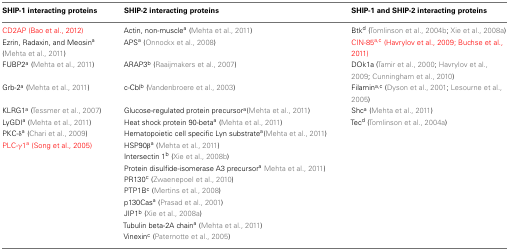
<table><thead><tr><td><b>SHIP-1 interacting proteins</b></td><td><b>SHIP-2 interacting proteins</b></td><td><b>SHIP-1 and SHIP-2 interacting proteins</b></td></tr></thead><tbody><tr><td>CD2AP (Bao et al., 2012)</td><td>Actin, non-muscle<sup>a</sup> (Mehta et al., 2011)</td><td>Btk<sup>d</sup> (Tomlinson et al., 2004b; Xie et al., 2008a)</td></tr><tr><td>Ezrin, Radaxin, and Meosin<sup>a</sup> (Mehta et al., 2011)</td><td>APS<sup>a</sup> (Onnockx et al., 2008)</td><td>CIN-85<sup>a,c</sup> (Havrylov et al., 2009; Buchse et al., 2011)</td></tr><tr><td>FUBP2<sup>a</sup> (Mehta et al., 2011)</td><td>ARAP3<sup>b</sup> (Raaijmakers et al., 2007)</td><td>DOk1a (Tamir et al., 2000; Havrylov et al., 2009; Cunningham et al., 2010)</td></tr><tr><td>Grb-2<sup>a</sup> (Mehta et al., 2011)</td><td>c-Cbl<sup>b</sup> (Vandenbroere et al., 2003)</td><td>Filamin<sup>a,c</sup> (Dyson et al., 2001; Lesourne et al., 2005)</td></tr><tr><td>KLRG1<sup>a</sup> (Tessmer et al., 2007)</td><td>Glucose-regulated protein precursor<sup>a</sup>(Mehta et al., 2011)</td><td>Shc<sup>a</sup> (Mehta et al., 2011)</td></tr><tr><td>LyGDI<sup>a</sup> (Mehta et al., 2011)</td><td>Heat shock protein 90-beta<sup>a</sup> (Mehta et al., 2011)</td><td>Tec<sup>d</sup> (Tomlinson et al., 2004a)</td></tr><tr><td>PKC-δ<sup>a</sup> (Chari et al., 2009)</td><td>Hematopoietic cell specific Lyn substrate<sup>a</sup>(Mehta et al., 2011)</td><td>[EMPTY_CELL]</td></tr><tr><td>PLC-γ1<sup>a</sup> (Song et al., 2005)</td><td>HSP90β<sup>a</sup> (Mehta et al., 2011)</td><td>[EMPTY_CELL]</td></tr><tr><td>[EMPTY_CELL]</td><td>Intersectin 1<sup>b</sup> (Xie et al., 2008b)</td><td>[EMPTY_CELL]</td></tr><tr><td>[EMPTY_CELL]</td><td>Protein disulfide-isomerase A3 precursor<sup>a</sup> Mehta et al., 2011)</td><td>[EMPTY_CELL]</td></tr><tr><td>[EMPTY_CELL]</td><td>PR130<sup>c</sup> (Zwaenepoel et al., 2010)</td><td>[EMPTY_CELL]</td></tr><tr><td>[EMPTY_CELL]</td><td>PTP1B<sup>c</sup> (Mertins et al., 2008)</td><td>[EMPTY_CELL]</td></tr><tr><td>[EMPTY_CELL]</td><td>p130Cas<sup>a</sup> (Prasad et al., 2001)</td><td>[EMPTY_CELL]</td></tr><tr><td>[EMPTY_CELL]</td><td>JIP1<sup>b</sup> (Xie et al., 2008a)</td><td>[EMPTY_CELL]</td></tr><tr><td>[EMPTY_CELL]</td><td>Tubulin beta-2A chain<sup>a</sup> (Mehta et al., 2011)</td><td>[EMPTY_CELL]</td></tr><tr><td>[EMPTY_CELL]</td><td>Vinexin<sup>c</sup> (Paternotte et al., 2005)</td><td>[EMPTY_CELL]</td></tr></tbody></table>